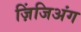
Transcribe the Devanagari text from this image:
ज़िंजिअंग